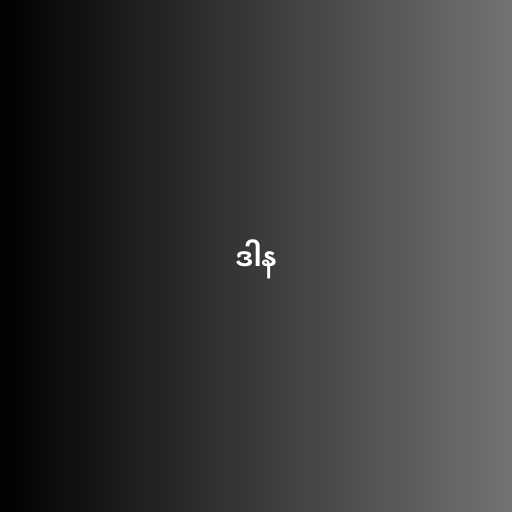
ဒါန